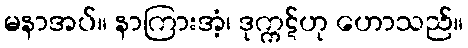
မနာအပ်။ နာကြားအံ့၊ ဒုက္ကဋ်ဟု ဟောသည်။